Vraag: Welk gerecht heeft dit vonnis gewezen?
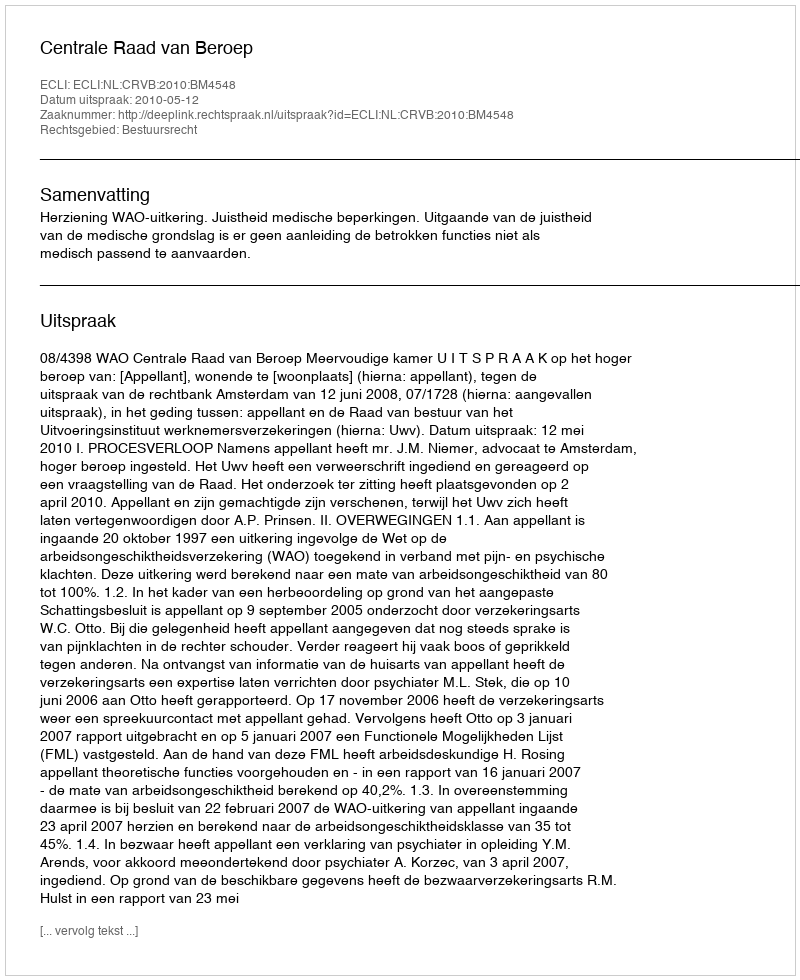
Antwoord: Centrale Raad van Beroep